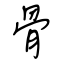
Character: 骨